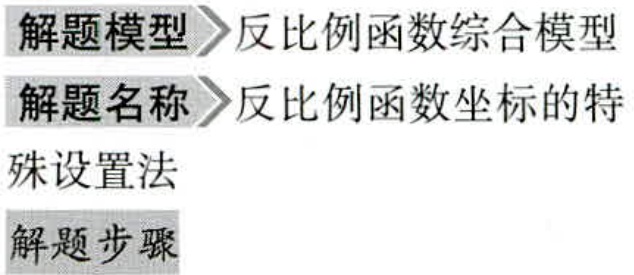
\begin{enumerate}
\item 解题模型$\rhd$反比例函数综合模型
\item 解题名称$\rhd$反比例函数坐标的特殊设置法
\item 解题步骤
\end{enumerate}